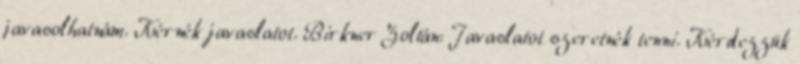
javasolhatnám. Kérnék javaslatot. Birkner Zoltán: Javaslatot szeretnék tenni. Kérdezzük